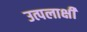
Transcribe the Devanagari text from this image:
उत्पलाक्षी